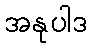
အနုပါဒ